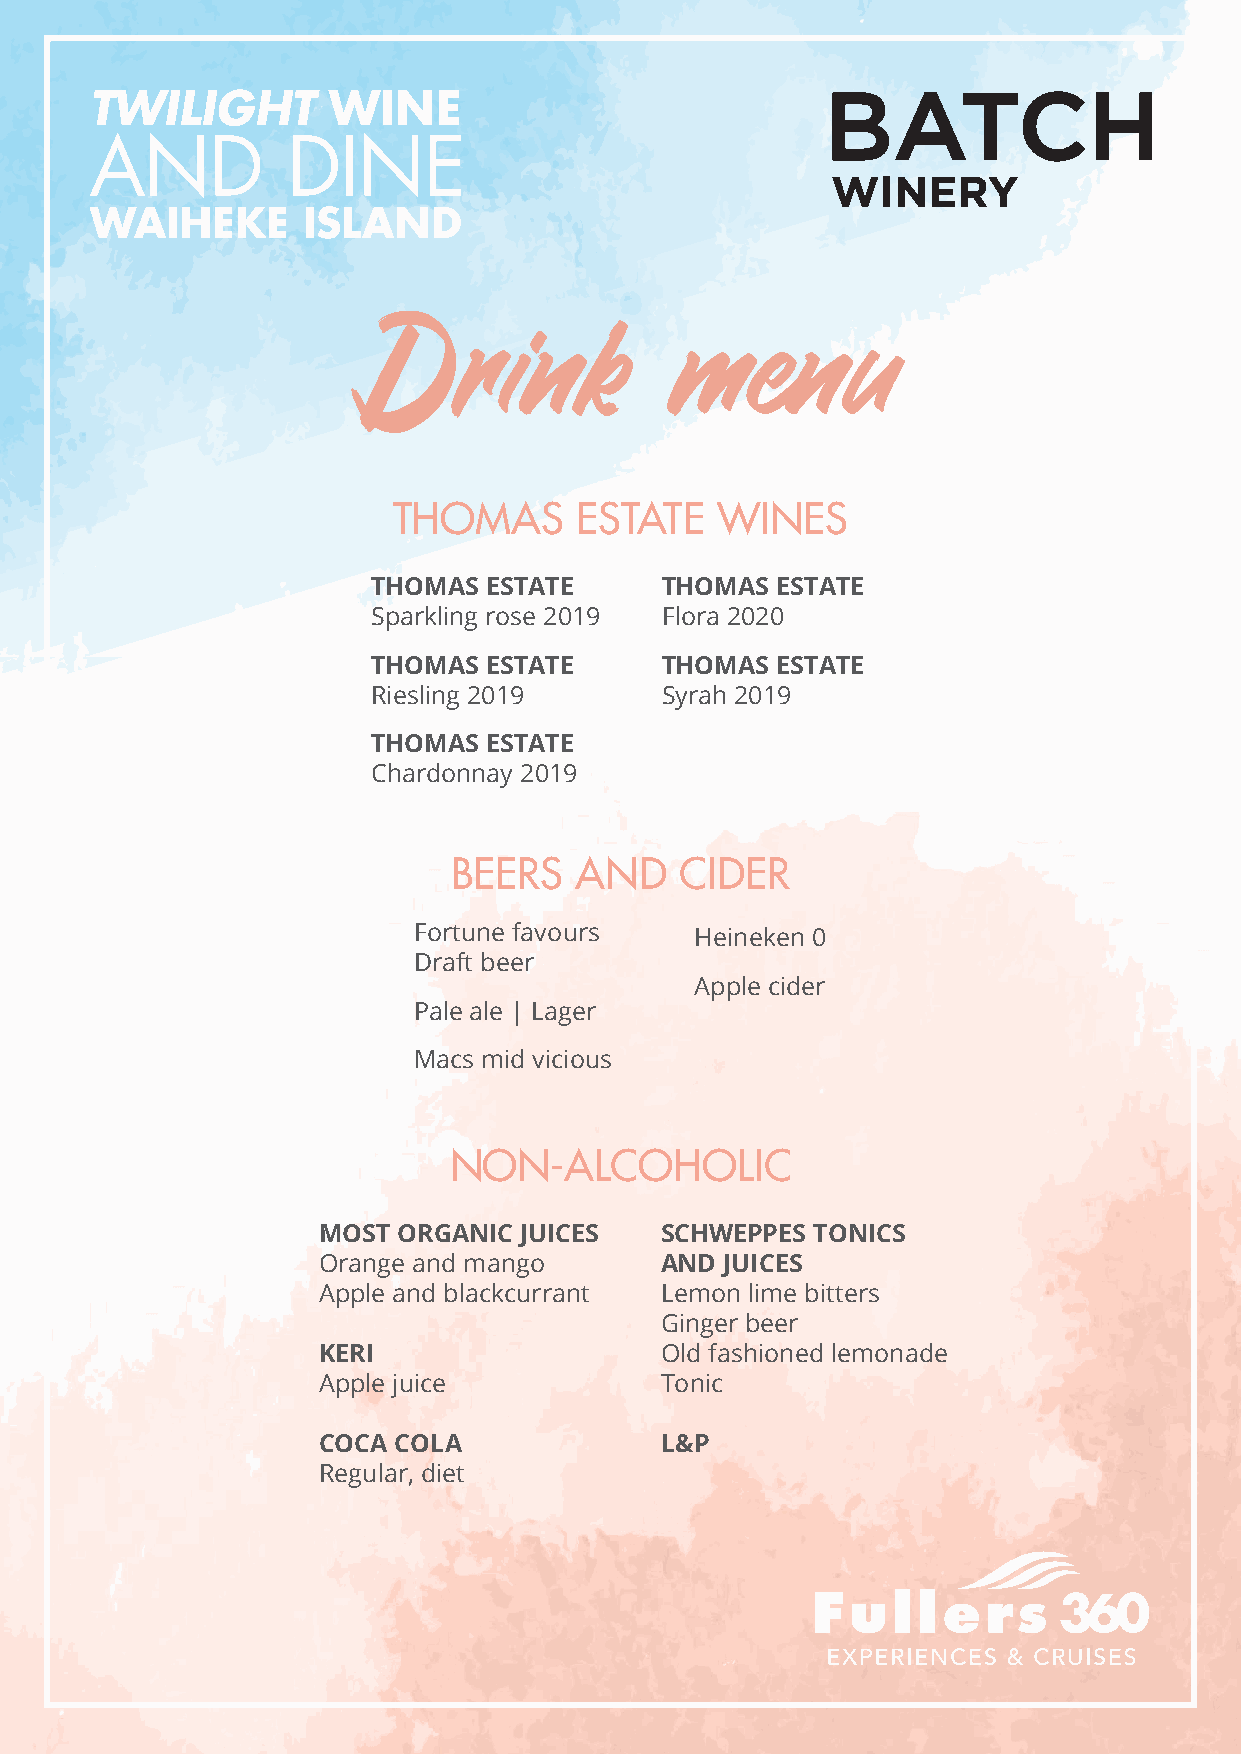
TWILIGHT        WINE
 AND          DINE
 WAIHEKE       ISLAND
 Drink               menu
 THOMAS      ESTATE   WINES
 THOMAS ESTATE      THOMAS ESTATE
 Sparkling rose 2019 Flora 2020
 THOMAS ESTATE      THOMAS ESTATE
 Riesling 2019      Syrah 2019
 THOMAS ESTATE
 Chardonnay 2019
 BEERS   AND    CIDER
 Fortune favours    Heineken 0
 Draft beer
 Apple cider
 Pale ale | Lager
 Macs mid vicious
 NON-ALCOHOLIC
 MOST ORGANIC JUICES    SCHWEPPES TONICS
 Orange and mango       AND JUICES
 Apple and blackcurrant Lemon lime bitters
 Ginger beer
 KERI                   Old fashioned lemonade
 Apple juice            Tonic
 COCA COLA              L&P
 Regular, diet